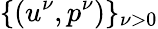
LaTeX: \{ (u^{\nu},p^{\nu})\} _{\nu>0}